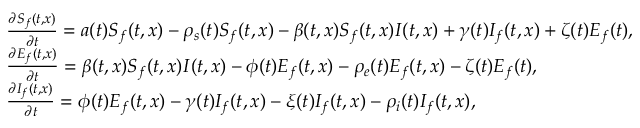
\begin{array} { l } { \frac { \partial S _ { f } ( t , x ) } { \partial t } = a ( t ) S _ { f } ( t , x ) - \rho _ { s } ( t ) S _ { f } ( t , x ) - \beta ( t , x ) S _ { f } ( t , x ) I ( t , x ) + \gamma ( t ) I _ { f } ( t , x ) + \zeta ( t ) E _ { f } ( t ) , } \\ { \frac { \partial E _ { f } ( t , x ) } { \partial t } = \beta ( t , x ) S _ { f } ( t , x ) I ( t , x ) - \phi ( t ) E _ { f } ( t , x ) - \rho _ { e } ( t ) E _ { f } ( t , x ) - \zeta ( t ) E _ { f } ( t ) , } \\ { \frac { \partial I _ { f } ( t , x ) } { \partial t } = \phi ( t ) E _ { f } ( t , x ) - \gamma ( t ) I _ { f } ( t , x ) - \xi ( t ) I _ { f } ( t , x ) - \rho _ { i } ( t ) I _ { f } ( t , x ) , } \end{array}